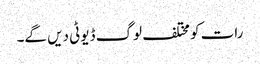
رات کو مختلف لوگ ڈیوٹی دیں گے۔